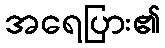
အရေပြား၏